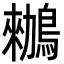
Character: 䳵